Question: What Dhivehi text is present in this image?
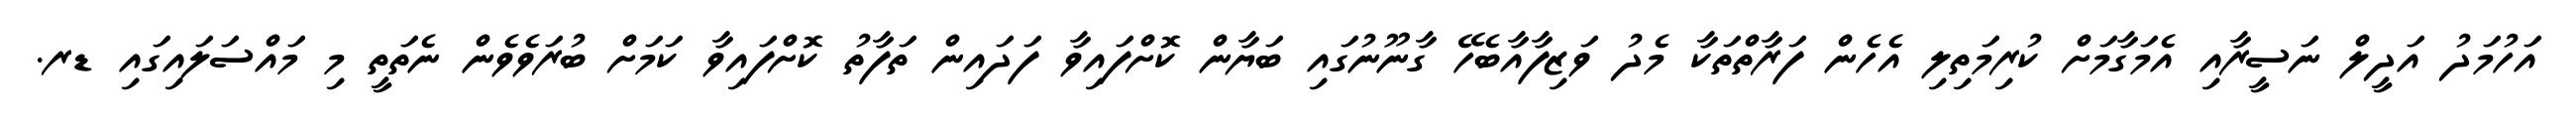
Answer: އަހުމަދު އަދީލް ނަސީރާއި އެމަގާމަށް ކުރިމަތިލި އެހެން ފަރާތްތަކާ މެދު ވަޒިފާއާބެހޭ ގާނޫނުގައި ބަޔާން ކޮށްފައިވާ ފަދައިން ތަފާތު ކޮށްފައިވާ ކަމަށް ބުރަވެވެން ނެތަތީ މި މައްސަލައިގައި ޑރ.